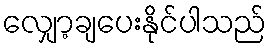
လျှော့ချပေးနိုင်ပါသည်